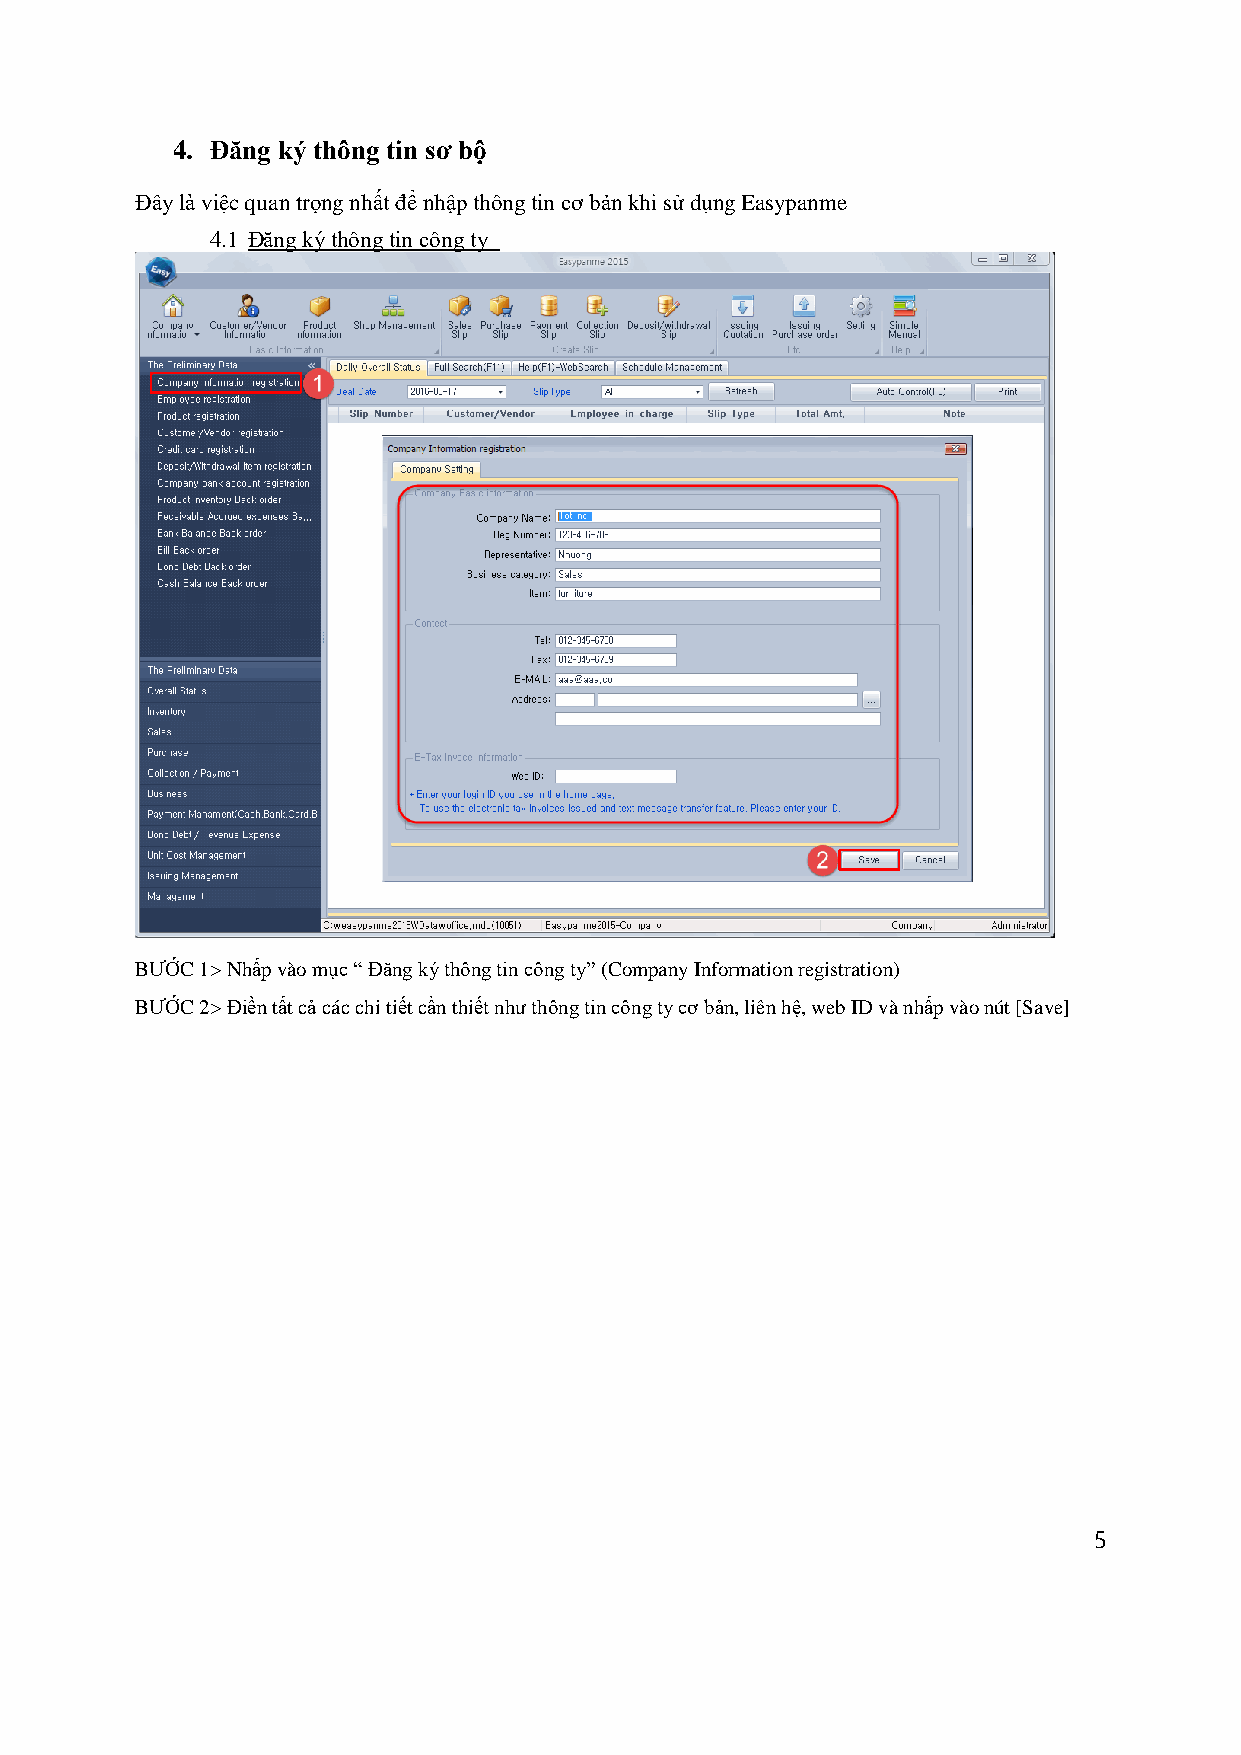
4. Đăng ký thông tin sơ bộ
 Đây là việc quan trọng nhất để nhập thông tin cơ bản khi sử dụng Easypanme
 4.1 Đăng ký thông tin công ty
 BƯỚC 1> Nhấp vào mục “ Đăng ký thông tin công ty” (Company Information registration)
 BƯỚC 2> Điền tất cả các chi tiết cần thiết như thông tin công ty cơ bản, liên hệ, web ID và nhấp vào nút [Save]
 5